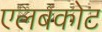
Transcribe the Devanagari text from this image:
एलबकोट